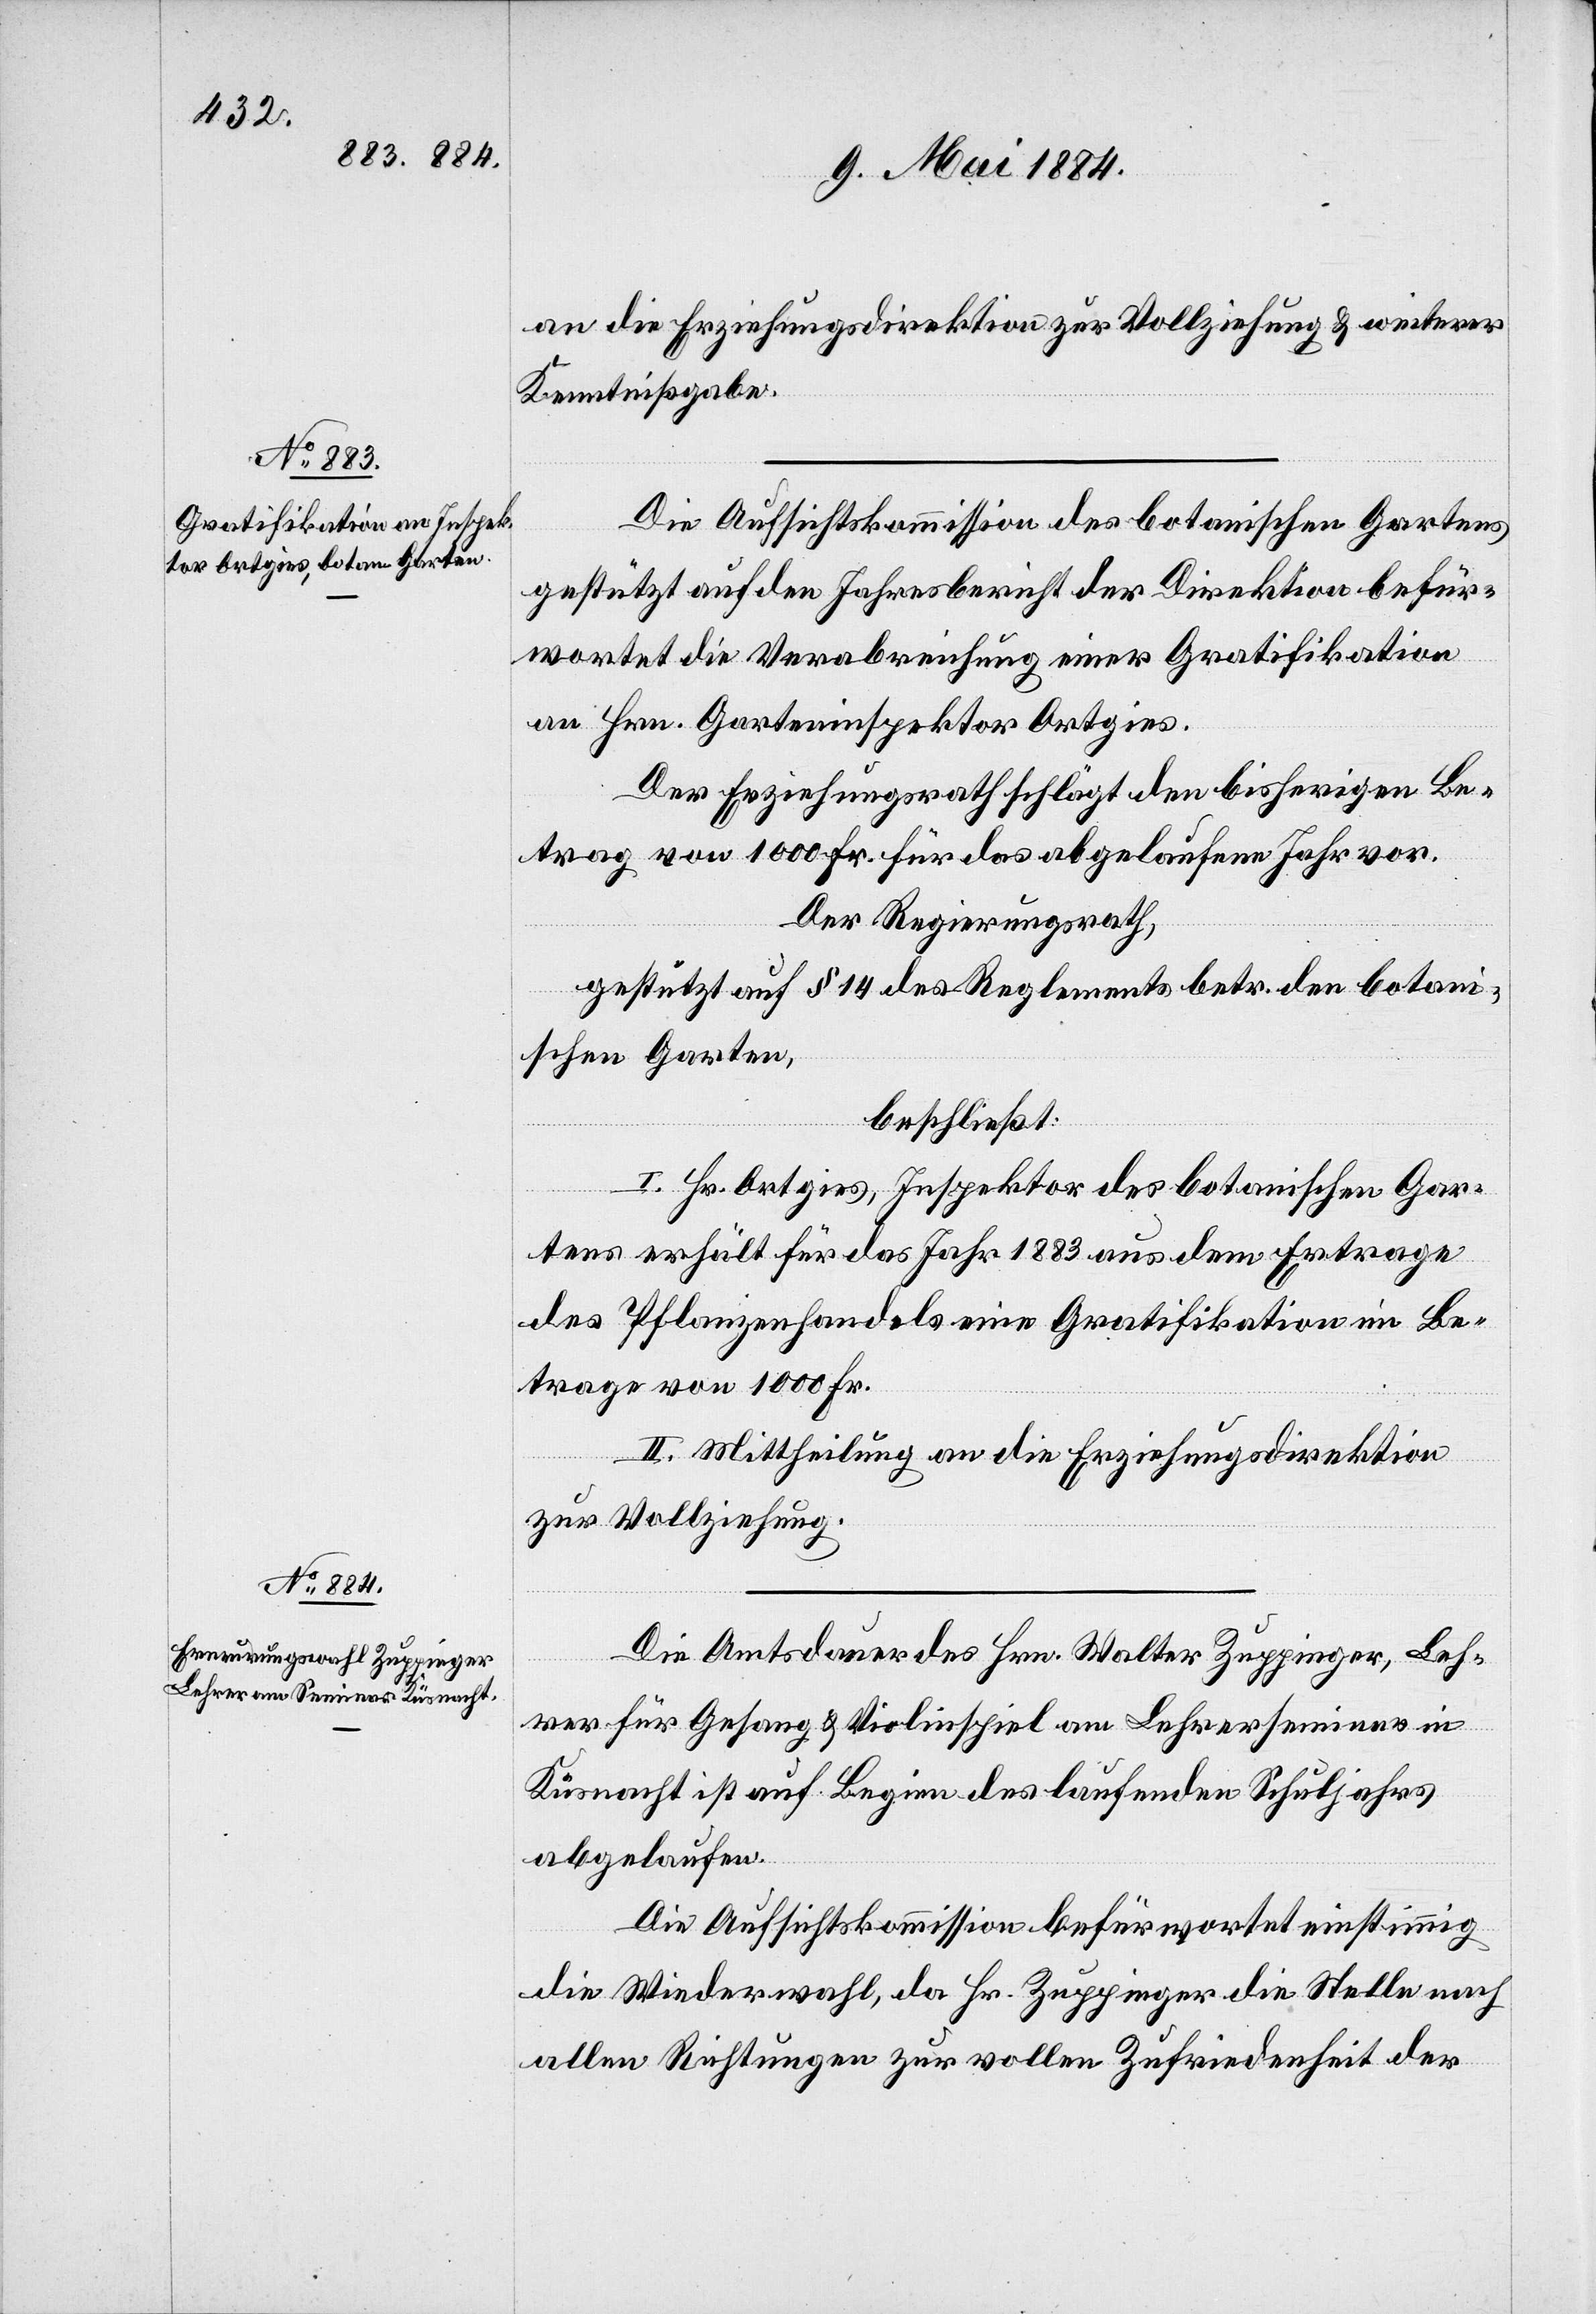
an die Erziehungsdirektion zur Vollziehung & weiterer
Kenntnißgabe.
Die Aufsichtskommission des botanischen Gartens
gestützt auf den Jahresbericht der Direktion befür¬
wortet die Verabreichung einer Gratifikation
an Hrn. Garteninspektor Ortgies.
Der Erziehungsrath schlägt den bisherigen Be¬
trag von 1000 Fr. für das abgelaufene Jahr vor.
Der Regierungsrath,
gestützt auf § 14 des Reglements betr. den botan¬
ischen Garten,
beschließt:
I. Hr. Ortgies, Inspektor des botanischen Gar¬
tens erhält für das Jahr 1883 aus dem Ertrage
des Pflanzenhandels eine Gratifikation im Be¬
trage von 1000 Fr.
II. Mitteilung an die Erziehungsdirektion
zur Vollziehung.
Die Amtsdauer des Hrn. Walter Zuppinger, Leh¬
rer für Gesang & Violinspiel am Lehrerseminar in
Küsnacht ist auf Beginn des laufenden Schuljahrs
abgelaufen.
Die Aufsichtskommission befürwortet einstimmig
die Wiederwahl, da Hr. Zuppinger die Stelle nach
allen Richtungen zur vollen Zufriedenheit der